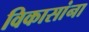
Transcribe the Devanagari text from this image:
विकासांना